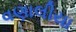
વણાલીયા